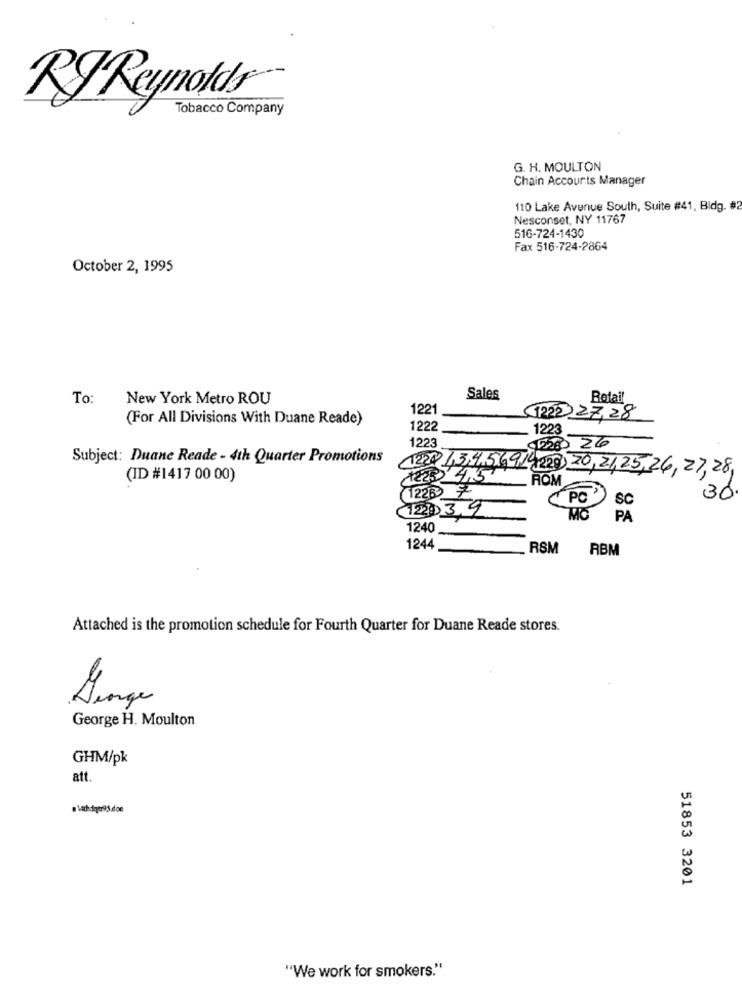
RJ Reynolds
Tobacco Company
G. H. MOULTON
Chain Accounts Manager
110 Lake Avenue South, Suite #41, Bldg. #
Nesconset, NY 11767
516-724-1430
Fax 516-724-2864
October 2, 1995
To:
New York Metro ROU
Sales
Retail
1221
(For All Divisions With Duane Reade)
1222 27,28
1222
1223
1223
228 26
Subject: Duane Reade - 4th Quarter Promotions
(ID #1417 00 00)
12.20 13.4.56,9,14 220 20, 21,25,26, 27,28,
1223 4,5
ROM
1226
PO '
30
120 3.9
SC
MO
PA
1240
1244
RSM
RBM
Attached is the promotion schedule for Fourth Quarter for Duane Reade stores.
Lange
George H. Moulton
GHM/pk
att
. Withdigo95.doe
51853 3201
"We work for smokers."